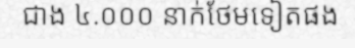
ជាង ៤.០០០ នាក់ថែមទៀតផង